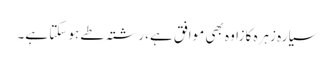
سیارہ زہرہ کا زاوہ بھی موافق ہے، رشتہ طے ہو سکتا ہے۔